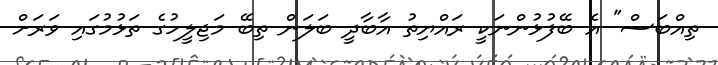
ތިއްބަސް" އެ ބޭފުޅުންނަކީ ރައްޔިތު އާބާދީ ބަލަން ތިބޭ މަޖިލީހުގެ ތަޅުމުގައި ވަރަށް